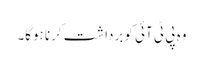
وہ پی ٹی آئی کو برداشت کرنا ہوگا۔